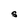
Character: S